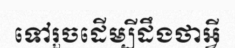
ទៅរួចដើម្បីដឹងថាអ្វី